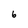
Character: 6